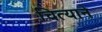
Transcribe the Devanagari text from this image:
चित्याने